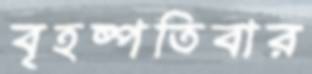
বৃহষ্পতিবার